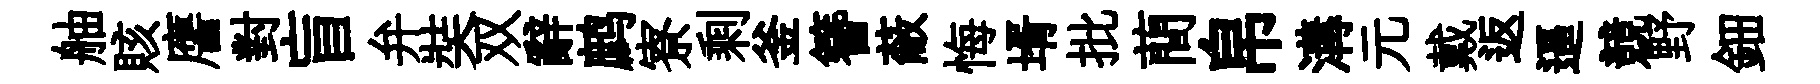
舳賅譍對盲弁奘双辭鹧寮剩釜簪蔽悔壻批蕳帛溝元戴返逼競野鈿